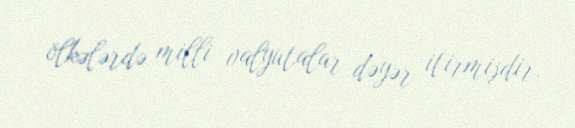
ölkələrdə milli valyutalar dəyər itirmişdir.